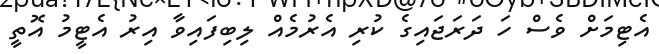
އެޓިމަށް ވެސް ހަ ދަރަޖައިގެ ކުރި އެރުމެއް ލިބިފައިވާ އިރު އެޓީމު އޮތީ